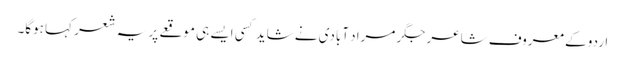
اردو کے معروف شاعر جگر مراد آبادی نے شاید کسی ایسے ہی موقعے پر یہ شعر کہا ہوگا۔